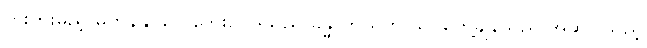
တိုးပွားမည့် မကုန်နိုင်ပေ ဘေးဥပဒ်သည် ခန္ဓာကိုယ်က သင်တွေ့ချိန်သည် အဆိုပြုသည့်